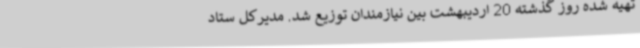
تهیه شده روز گذشته 20 اردیبهشت بین نیازمندان توزیع شد. مدیرکل ستاد